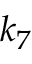
k _ { 7 }